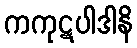
ကကုဋပါဒါနိ